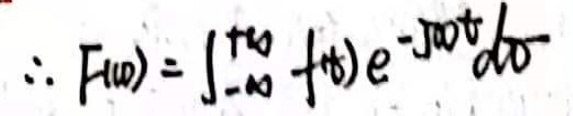
\(\therefore F ( \omega ) = \int _ { - \infty } ^ { + \infty } f ( t ) e ^ { - j \omega t } d t\)